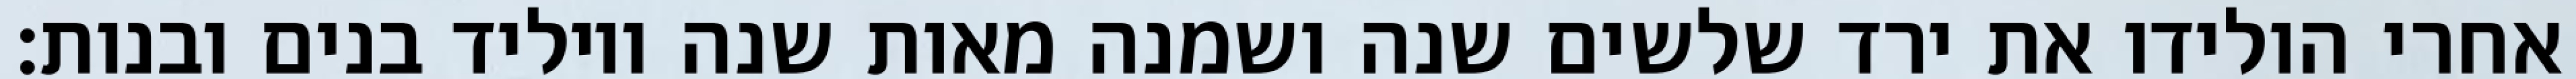
אחרי הולידו את ירד שלשים שנה ושמנה מאות שנה ויוליד בנים ובנות׃